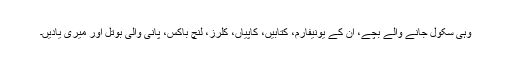
وہی سکول جانے والے بچے، ان کے یونیفارم، کتابیں، کاپیاں، کلرز، لنچ باکس، پانی والی بوتل اور میری یادیں۔